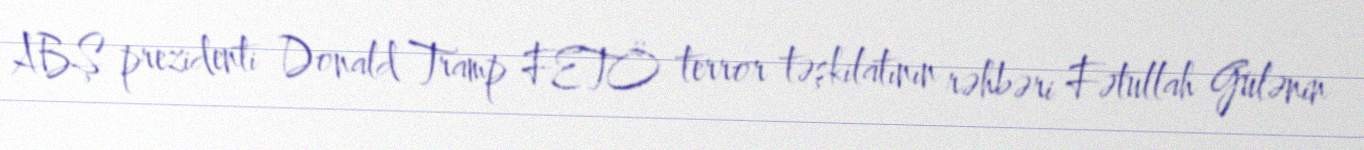
ABŞ prezidenti Donald Tramp FETÖ terror təşkilatının rəhbəri Fətullah Gülənin